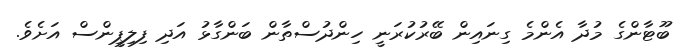
ބޫޓާންގެ މުދާ އެންމެ ގިނައިން ބޭރުކުރަނީ ހިންދުސްތާން ބަންގާޅު އަދި ފިލިޕީންސް އަށެވެ.